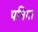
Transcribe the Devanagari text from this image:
पनिगा